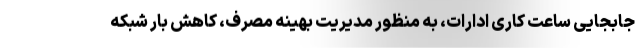
جابجایی ساعت کاری ادارات، به منظور مدیریت بهینه مصرف، کاهش بار شبکه